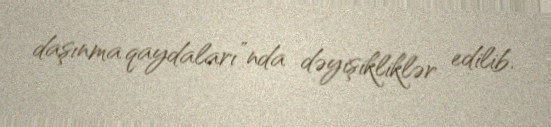
daşınma qaydaları”nda dəyişikliklər edilib.